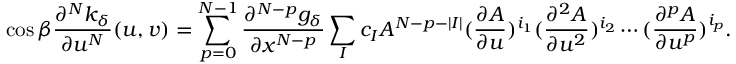
\cos \beta \frac { \partial ^ { N } k _ { \delta } } { \partial u ^ { N } } ( u , v ) = \sum _ { p = 0 } ^ { N - 1 } \frac { \partial ^ { N - p } g _ { \delta } } { \partial x ^ { N - p } } \sum _ { I } c _ { I } A ^ { N - p - | I | } ( \frac { \partial A } { \partial u } ) ^ { i _ { 1 } } ( \frac { \partial ^ { 2 } A } { \partial u ^ { 2 } } ) ^ { i _ { 2 } } \cdots ( \frac { \partial ^ { p } A } { \partial u ^ { p } } ) ^ { i _ { p } } .